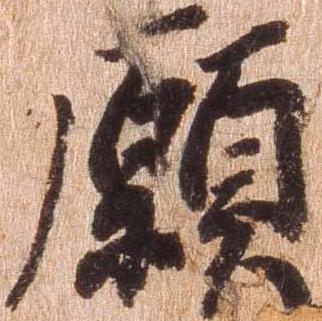
願